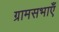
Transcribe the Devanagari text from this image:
ग्रामसभाएँ